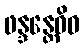
ဖန္ဒန္တေဝိဓ